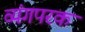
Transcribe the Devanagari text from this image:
व्यंगपरक